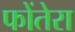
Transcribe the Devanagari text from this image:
फोंतेरा